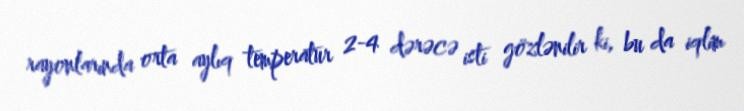
rayonlarında orta aylıq temperatur 2-4 dərəcə isti gözlənilir ki, bu da iqlim